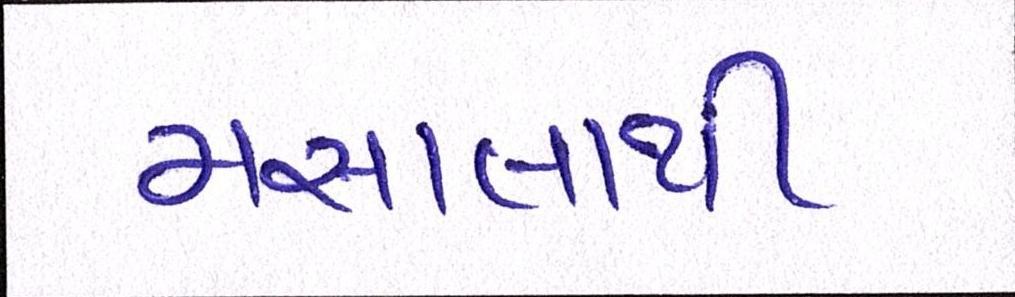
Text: મસાલાથી